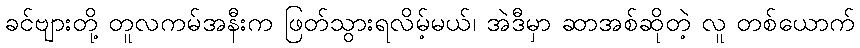
ခင်ဗျားတို့ တူလကမ်အနီးက ဖြတ်သွားရလိမ့်မယ်၊ အဲဒီမှာ ဆာအစ်ဆိုတဲ့ လူ တစ်ယောက်